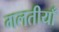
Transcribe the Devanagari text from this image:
गलतीयाँ